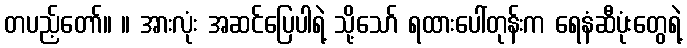
တပည့်တော်။ ။ အားလုံး အဆင်ပြေပါရဲ့ သို့သော် ရထားပေါ်တုန်းက ရေနံဆီပုံးတွေရဲ့